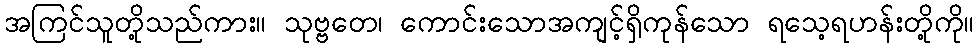
အကြင်သူတို့သည်ကား။ သုဗ္ဗတေ၊ ကောင်းသောအကျင့်ရှိကုန်သော ရသေ့ရဟန်းတို့ကို။